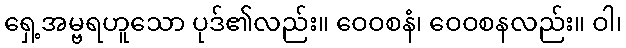
ရှေ့အမ္ဗရဟူသော ပုဒ်၏လည်း။ ဝေဝစနံ၊ ဝေဝစနလည်း။ ဝါ၊